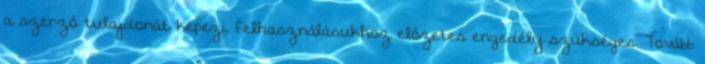
a szerző tulajdonát képezi. Felhasználásukhoz előzetes engedély szükséges. Tovább